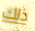
ذلك